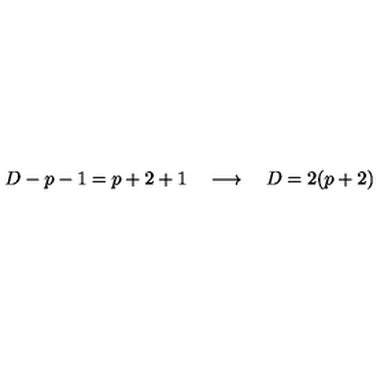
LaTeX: D - p - 1 = p + 2 + 1 \quad \longrightarrow \quad D = 2 ( p + 2 )